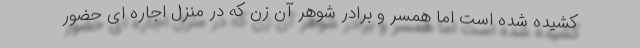
کشیده شده است اما همسر و برادر شوهر آن زن که در منزل اجاره ای حضور